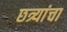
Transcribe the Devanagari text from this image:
छत्र्यांचा